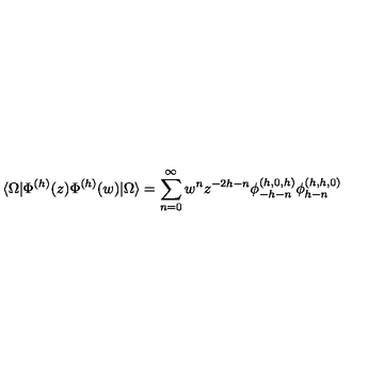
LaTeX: \langle \Omega | \Phi ^ { ( h ) } ( z ) \Phi ^ { ( h ) } ( w ) | \Omega \rangle = \sum _ { n = 0 } ^ { \infty } w ^ { n } z ^ { - 2 h - n } \phi _ { - h - n } ^ { ( h , 0 , h ) } \phi _ { h - n } ^ { ( h , h , 0 ) }